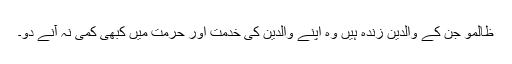
ظالمو جن کے والدین زندہ ہیں وہ اپنے والدین کی خدمت اور حرمت میں کبھی کمی نہ آنے دو۔